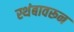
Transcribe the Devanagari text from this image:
स्थंबावरून